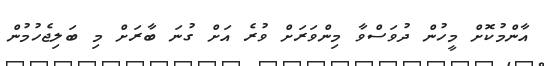
އާންމުކޮށް މީހުން ދުވަސްވާ މިންވަރަށް ވުރެ އަށް ގުނަ ބާރަށް މި ބަލިޖެހުމުން